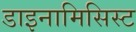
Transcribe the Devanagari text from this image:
डाइनामिसिस्ट